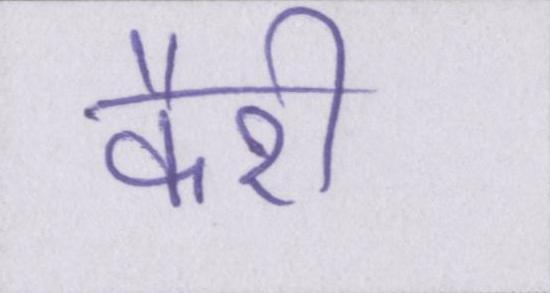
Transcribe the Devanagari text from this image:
कैरी